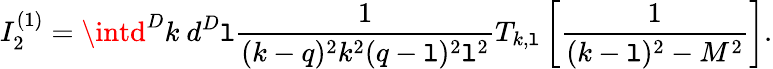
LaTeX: I_{2}^{(1)}=\intd^{D}k~d^{D}\mathtt{l}\frac{{1}}{{(k-q)^{2}k^{2}(q-\mathtt{l})^{2}\mathtt{l}^{2}}}T_{k,\mathtt{l}}\left[\frac{{1}}{{(k-\mathtt{l})^{2}-M^{2}}}\right].